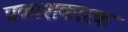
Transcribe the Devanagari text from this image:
प्रकाशकारक